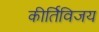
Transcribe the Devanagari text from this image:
कीर्तिविजय